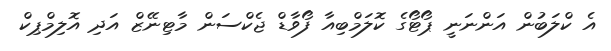
އެ ކްލަބުން އަންނަނީ ޕޯޓޯގެ ކޮލަމްބިއާ ފޯވާޑް ޖެކްސަން މާޓިނޭޒް އަދި އޮލިމްޕިކް